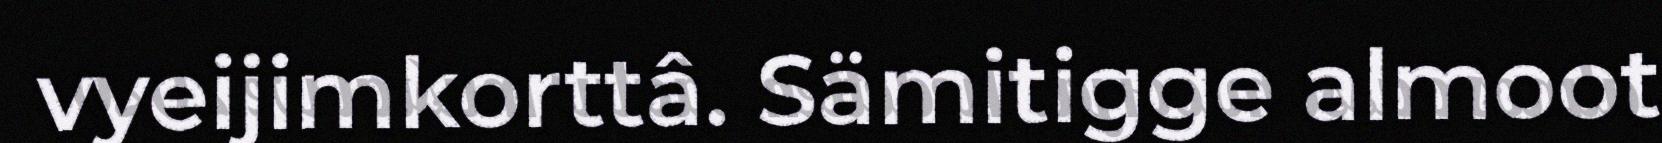
vyeijimkorttâ. Sämitigge almoot